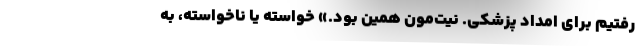
رفتيم براي امداد پزشكي. نيت‌مون همين بود.» خواسته يا ناخواسته، به